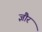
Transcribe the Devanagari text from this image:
ज्ञौर